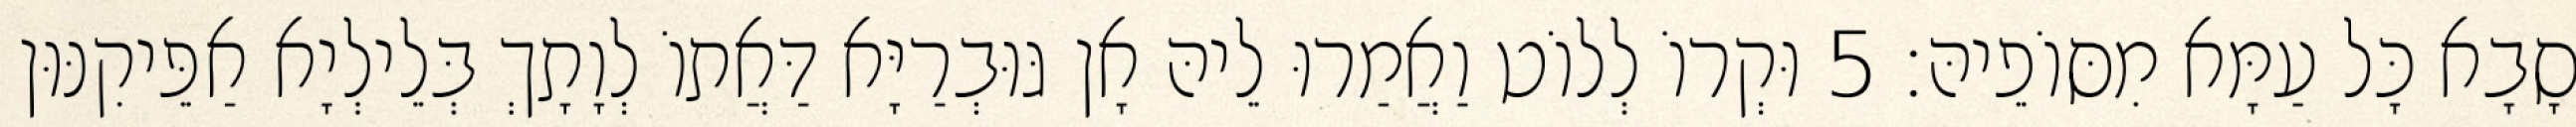
סָבָא כָּל עַמָּא מִסּוֹפֵיהּ׃ 5 וּקְרוֹ לְלוֹט וַאֲמַרוּ לֵיהּ אָן גּוּבְרַיָּא דַּאֲתוֹ לְוָתָךְ בְּלֵילְיָא אַפֵּיקִנּוּן